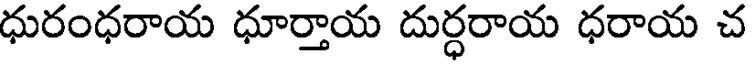
ధురంధరాయ ధూర్తాయ దుర్ధరాయ ధరాయ చ